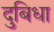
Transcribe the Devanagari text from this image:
दुबिधा